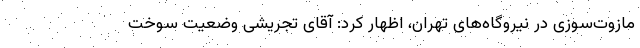
مازوت‌سوزی در نیروگاه‌های تهران، اظهار کرد: آقای تجریشی وضعیت سوخت